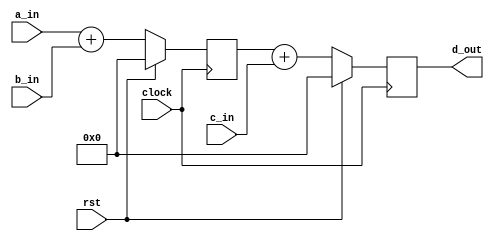
// This program was cloned from: https://github.com/haojunliu/OpenFPGA
// License: BSD 2-Clause "Simplified" License

module simple_comp
(
    a_in, b_in, c_in,
    d_out,
    clock, rst
);

    input [15:0] a_in;
    input [15:0] b_in;
    input [15:0] c_in;

    input clock;
    input rst;

    output [15:0] d_out;

    reg [15:0] sum_c;
    reg [15:0] sum_d;

    always @ (posedge clock)
        if(rst)
            sum_c <= 16'b0;
        else
            sum_c <= a_in + b_in;

    always @ (posedge clock)
        if(rst)
            sum_d <= 16'b0;
        else
            sum_d <= sum_c + c_in;

    assign d_out = sum_d;

endmodule